Annual administration report of the Civil Veterinary Department of India - 1899-1900
Year: 1899
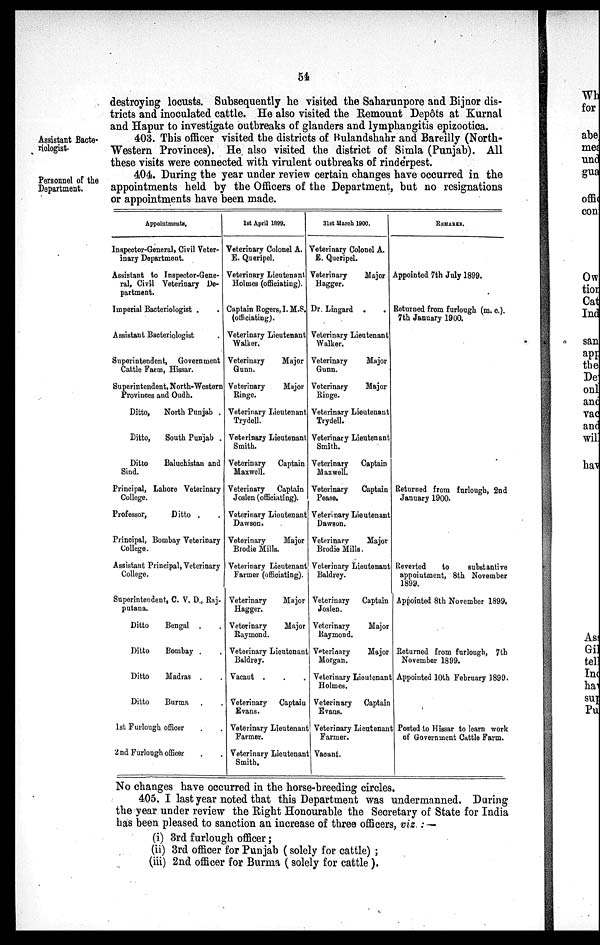
54
destroying locusts. Subsequently he visited the Saharunpore and Bijnor dis-
tricts and inoculated cattle. He also visited the Remount Depôts at Kurnal
and Hapur to investigate outbreaks of glanders and lymphangitis epizootica.
Assistant Bacte-
riologist.
403. This officer visited the districts of Bulandshahr and Bareilly (North-
Western Provinces). He also visited the district of Simla (Punjab). All
these visits were connected with virulent outbreaks of rinderpest.
Personnel of the
Department.
404. During the year under review certain changes have occurred in the
appointments held by the Officers of the Department, but no resignations
or appointments have been made.
Appointments,
Inapector-General, Civil Veter-
inary Department.
Assistant to Inspector-Gene-
ral, Civil Veterinary De-
partment.
Imperial Bacteriologist . .
Assistant Bacteriologist .
Superintendent, Government
Cattle Farm, Hissar.
Superintendent, North-Western
Provinces and Oudh.
Ditto,
North Punjab .
Ditto,
South Punjab .
Ditto
Baluchistan and
Sind.
Principal, Lahore Veterinary
College.
Professor,
Ditto . .
Principal, Bombay Veterinary
College.
Assistant Principal, Veterinary
College.
Superintendent, C. V. D., Rnj-
putana.
Ditto
Bengal . .
Ditto
Bombay . .
Ditto
Madras . .
Ditto
Burma . .
1st Furlough officer . .
2nd Furlough officer . .
1st April 1899.
Veterinary Colonel A.
E. Queripel.
Veterinary Lieutenant
Holmes (officiating).
Captain Rogers, I. M.S.
(officiating).
Veterinary Lieutenant
Walker.
Veterinary
Major
Gunn.
Veterinary
Major
Binge.
Veterinary Lieutenant
Trydell.
Veterinary Lieutenant
Smith.
Veterinary Captain
Maxwell.
Veterinary Captain
Joslen (officiating).
Veterinary Licutenant
Dawson.
Veterinary
Major
Brodie Mills.
Veterinary Lieutenant
Farmer (officiating).
Veterinary
Major
Hagger,
Veterinary
Major
Raymond.
Veterinary Lieutenant
Baldrey.
Vacaut . . .
Veterinary Captaiu
Evans.
Veterinary Lieutenant
Farmer.
Veterinary Lieutenant
Smith.
31st March 1900.
Veterinary Colonel A.
E. Queripel.
Veterinary
Major
Hagger.
Dr. Lingard . .
Veterinary Lieutenant
Walker.
Veterinary
Major
Gunn.
Veterinary
Major
Ringe.
Veterinary Lieutenant
Trydell.
Veterinary Lieutenant
Smith.
Veterinary
Captain
Maxwell.
Veterinary
Captain
Pease.
Veterinary Lieutenant
Dawson.
Veterinary
Major
Brodie Mills.
Veterinary Lieutenant
Baldrey.
Veterinary
Captain
Joslen.
Veterinary
Major
Raymond.
Veterinary
Major
Morgan.
Veterinary Lieutenant
Holmes.
Veterinary Captain
Evans.
Veterinary Lieutenant
Farmer.
Vacant.
REMARKS.
Appointed 7th July 1899.
Returned from furlough (m. c).
7th January 1900.
Returned from furlough, 2nd
January 1900.
Reverted
to
substantive
appointment, 8th November
1899.
Appointed 8th November 1899,
Returned from furlough, 7th
November 1899.
Appointed 10th February 1899.
Posted to Hissar to learn work
of Government Cattle Farm.
No changes have occurred in the horse-breeding circles.
405. I last year noted that this Department was undermanned. During
the year under review the Right Honourable the Secretary of State for India
has been pleased to sanction an increase of three officers, viz. : —
(i) 3rd furlough officer;
(ii) 3rd officer for Punjab (solely for cattle);
(iii) 2nd officer for Burma (solely for cattle).